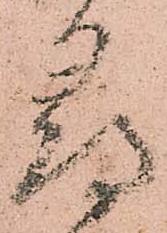
尋